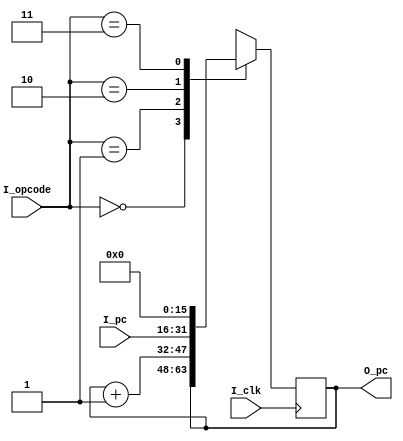
`timescale 1ns / 1ps
//////////////////////////////////////////////////////////////////////////////////
// Company: 
// Engineer: 
// 
// Design Name: 
// Module Name: pc_unit
// Project Name: 
// Target Devices: 
// Tool Versions: 
// Description: 
// 
// Dependencies: 
// 
// Revision:
// Revision 0.01 - File Created
// Additional Comments:
// 
//////////////////////////////////////////////////////////////////////////////////


module pc_unit(
    input I_clk,
    input [15:0] I_pc,
    input [1:0] I_opcode,
    output reg [15:0] O_pc
    );
        
    initial begin
        O_pc = 0;
    end
    
    always @(negedge I_clk) begin
        case(I_opcode)
            (2'b00) : O_pc <= O_pc;
            (2'b01) : O_pc <= O_pc + 1;
            (2'b10) : O_pc <= I_pc;
            (2'b11) : O_pc <= 0;      
        endcase
    end
endmodule